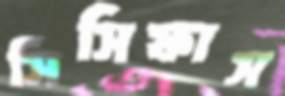
সিসিফাস